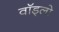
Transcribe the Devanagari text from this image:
वॉड्लो